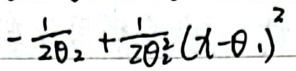
\(-\frac{1}{2}\theta_2 + \frac{1}{2}\theta_2^2 (\lambda - \theta_1)^2\)